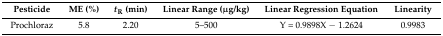
| Pesticide | ME (%) | tR (min) | Linear Range (μg/kg) | Linear Regression Equation | Linearity |
 | --- | --- | --- | --- | --- | --- |
 | Prochloraz | 5.8 | 2.20 | 5–500 | Y = 0.9898X − 1.2624 | 0.9983 |